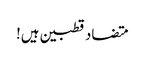
متضاد قطبین ہیں!